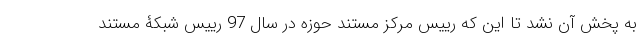
به پخش آن نشد تا این که رییس مرکز مستند حوزه در سال 97 رییس شبکۀ مستند